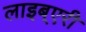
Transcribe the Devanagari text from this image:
लाइब्एरी